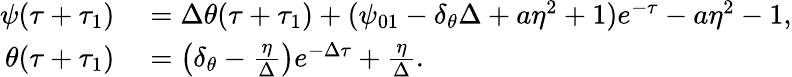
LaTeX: \begin{array}{rl}{\psi(\tau+\tau_{1})}&{{}=\Delta\theta(\tau+\tau_{1})+(\psi_{01}-\delta_{\theta}\Delta+a\eta^{2}+1)e^{-\tau}-a\eta^{2}-1,}\\ {\theta(\tau+\tau_{1})}&{{}=\left(\delta_{\theta}-\frac{\eta}{\Delta}\right)e^{-\Delta\tau}+\frac{\eta}{\Delta}.}\end{array}